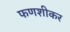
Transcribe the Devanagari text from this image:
फणशीकर